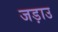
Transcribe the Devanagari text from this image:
जड़ाउ